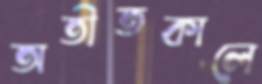
অতীতকালে